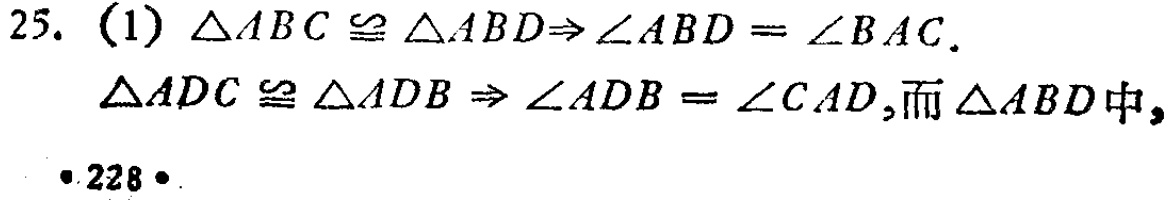
25. (1) $\triangle ABC\cong\triangle ABD\Rightarrow\angle ABD = \angle BAC$.
$\triangle ADC\cong\triangle ADB\Rightarrow\angle ADB=\angle CAD$,而$\triangle ABD$中,
• 228 •